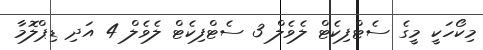
މިކޯހަކީ މީގެ ސެޓްފިކެޓް ލެވެލް 3 ސެޓްފިކެޓް ލެވެލް 4 އަދި ޑިޕްލޮމާ